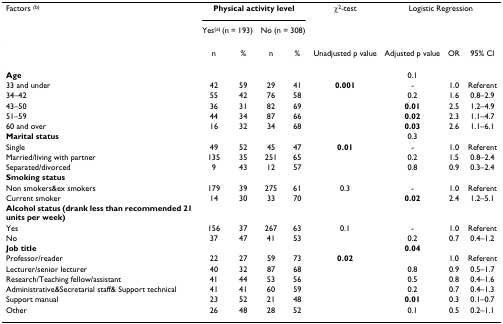
<table><thead><tr><td><b>Factors <sup>(b)</sup></b></td><td colspan="4"><b>Physical activity level</b></td><td><b>χ<sup>2</sup>-test</b></td><td colspan="3"><b>Logistic Regression</b></td></tr><tr><td></td><td colspan="2"><b>Yes<sup>(a) </sup>(n = 193)</b></td><td colspan="2"><b>No (n = 308)</b></td><td></td><td></td><td></td><td></td></tr></thead><tbody><tr><td></td><td>n</td><td>%</td><td>n</td><td>%</td><td>Unadjusted p value</td><td>Adjusted p value</td><td>OR</td><td>95% CI</td></tr><tr><td><b>Age</b></td><td></td><td></td><td></td><td></td><td></td><td>0.1</td><td></td><td></td></tr><tr><td>33 and under</td><td>42</td><td>59</td><td>29</td><td>41</td><td><b>0.001</b></td><td>-</td><td>1.0</td><td>Referent</td></tr><tr><td>34–42</td><td>55</td><td>42</td><td>76</td><td>58</td><td></td><td>0.2</td><td>1.6</td><td>0.8–2.9</td></tr><tr><td>43–50</td><td>36</td><td>31</td><td>82</td><td>69</td><td></td><td><b>0.01</b></td><td>2.5</td><td>1.2–4.9</td></tr><tr><td>51–59</td><td>44</td><td>34</td><td>87</td><td>66</td><td></td><td><b>0.02</b></td><td>2.3</td><td>1.1–4.7</td></tr><tr><td>60 and over</td><td>16</td><td>32</td><td>34</td><td>68</td><td></td><td><b>0.03</b></td><td>2.6</td><td>1.1–6.1</td></tr><tr><td><b>Marital status</b></td><td></td><td></td><td></td><td></td><td></td><td>0.3</td><td></td><td></td></tr><tr><td>Single</td><td>49</td><td>52</td><td>45</td><td>47</td><td><b>0.01</b></td><td>-</td><td>1.0</td><td>Referent</td></tr><tr><td>Married/living with partner</td><td>135</td><td>35</td><td>251</td><td>65</td><td></td><td>0.2</td><td>1.5</td><td>0.8–2.4</td></tr><tr><td>Separated/divorced</td><td>9</td><td>43</td><td>12</td><td>57</td><td></td><td>0.8</td><td>0.9</td><td>0.3–2.4</td></tr><tr><td><b>Smoking status</b></td><td></td><td></td><td></td><td></td><td></td><td></td><td></td><td></td></tr><tr><td>Non smokers&amp;ex smokers</td><td>179</td><td>39</td><td>275</td><td>61</td><td>0.3</td><td>-</td><td>1.0</td><td>Referent</td></tr><tr><td>Current smoker</td><td>14</td><td>30</td><td>33</td><td>70</td><td></td><td><b>0.02</b></td><td>2.4</td><td>1.2–5.1</td></tr><tr><td><b>Alcohol status (drank less than recommended 21 units per week)</b></td><td></td><td></td><td></td><td></td><td></td><td></td><td></td><td></td></tr><tr><td>Yes</td><td>156</td><td>37</td><td>267</td><td>63</td><td>0.1</td><td>-</td><td>1.0</td><td>Referent</td></tr><tr><td>No</td><td>37</td><td>47</td><td>41</td><td>53</td><td></td><td>0.2</td><td>0.7</td><td>0.4–1.2</td></tr><tr><td><b>Job title</b></td><td></td><td></td><td></td><td></td><td></td><td><b>0.04</b></td><td></td><td></td></tr><tr><td>Professor/reader</td><td>22</td><td>27</td><td>59</td><td>73</td><td><b>0.02</b></td><td></td><td>1.0</td><td>Referent</td></tr><tr><td>Lecturer/senior lecturer</td><td>40</td><td>32</td><td>87</td><td>68</td><td></td><td>0.8</td><td>0.9</td><td>0.5–1.7</td></tr><tr><td>Research/Teaching fellow/assistant</td><td>41</td><td>44</td><td>53</td><td>56</td><td></td><td>0.5</td><td>0.8</td><td>0.4–1.6</td></tr><tr><td>Administrative&amp;Secretarial staff&amp; Support technical</td><td>41</td><td>41</td><td>60</td><td>59</td><td></td><td>0.2</td><td>0.7</td><td>0.4–1.3</td></tr><tr><td>Support manual</td><td>23</td><td>52</td><td>21</td><td>48</td><td></td><td><b>0.01</b></td><td>0.3</td><td>0.1–0.7</td></tr><tr><td>Other</td><td>26</td><td>48</td><td>28</td><td>52</td><td></td><td>0.1</td><td>0.5</td><td>0.2–1.1</td></tr></tbody></table>